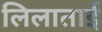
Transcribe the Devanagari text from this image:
लिलाताई